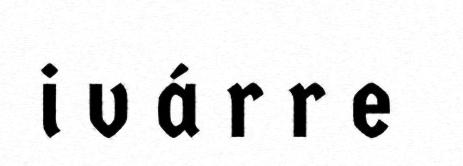
i v á r r e